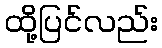
ထို့ပြင်လည်း